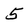
Character: 5